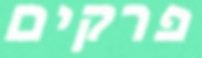
פרקים